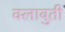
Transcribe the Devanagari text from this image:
क्लाबुती